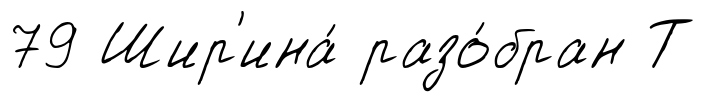
79 Шир'ина́ разо́бран Т